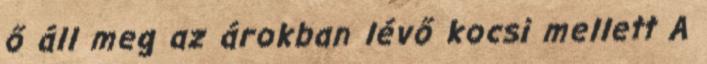
ő áll meg az árokban lévő kocsi mellett A